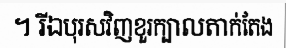
។ រីឯបុរសវិញខួរក្បាលតាក់តែង